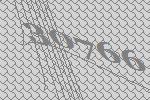
30766